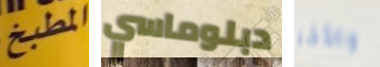
المطبخ دبلوماسي والأخر